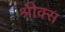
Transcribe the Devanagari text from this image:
श्रीक्स